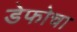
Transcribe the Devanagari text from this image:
डेफोचा